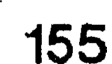
155